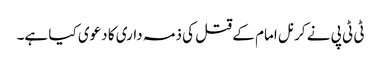
ٹی ٹی پی نے کرنل امام کے قتل کی ذمہ داری کا دعوی کیا ہے۔